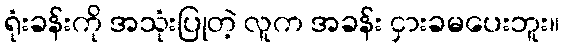
ရုံးခန်းကို အသုံးပြုတဲ့ လူက အခန်း ငှားခမပေးဘူး။